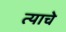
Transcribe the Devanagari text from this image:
त्याचेे